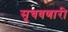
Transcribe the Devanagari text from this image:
सूचवणारी